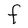
Character: F